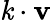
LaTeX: \mathit{k}\cdot\mathbf{{v}}